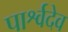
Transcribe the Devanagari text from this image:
पार्श्वदेव